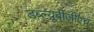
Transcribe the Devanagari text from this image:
डब्ल्यूबीजीएच